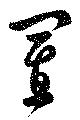
置